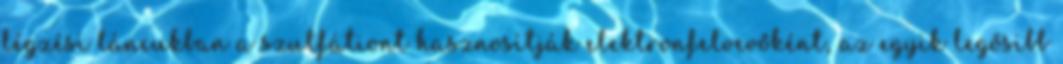
légzési láncukban a szulfátiont hasznosítják elektronfelvevőként, az egyik legősibb